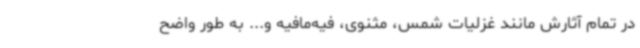
در تمام آثارش مانند غزلیات شمس، مثنوی، فیه‌مافیه و... به طور واضح